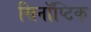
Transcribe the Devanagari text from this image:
सिनॉप्टिक